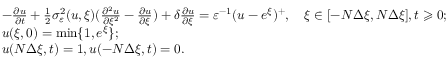
\begin{array} { r l } & { - \frac { { \partial } u } { { \partial } t } + \frac { 1 } { 2 } \sigma _ { \varepsilon } ^ { 2 } ( u , \xi ) ( \frac { { \partial } ^ { 2 } u } { { \partial } \xi ^ { 2 } } - \frac { { \partial } u } { { \partial } \xi } ) + \delta \frac { { \partial } u } { { \partial } \xi } = \varepsilon ^ { - 1 } ( u - e ^ { \xi } ) ^ { + } , \quad \xi \in [ - N \Delta \xi , N \Delta \xi ] , t \geqslant 0 ; } \\ & { u ( \xi , 0 ) = \operatorname* { m i n } \{ 1 , e ^ { \xi } \} ; } \\ & { u ( N \Delta \xi , t ) = 1 , u ( - N \Delta \xi , t ) = 0 . } \end{array}